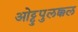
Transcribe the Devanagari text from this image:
ओट्टुपुलक्कल